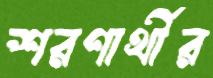
শরণার্থীর